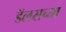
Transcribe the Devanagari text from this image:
डॅलसच्या